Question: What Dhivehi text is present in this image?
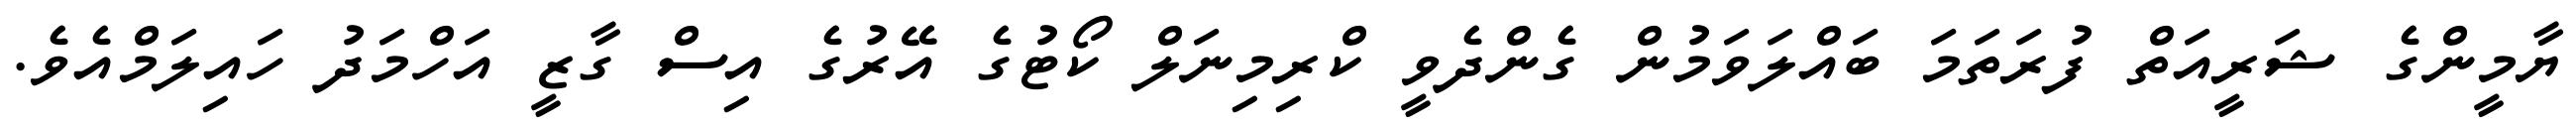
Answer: ޔާމީންގެ ޝަރީއަތް ފުރަތަމަ ބައްލަވަމުން ގެންދެވީ ކްރިމިނަލް ކޯޓުގެ އޭރުގެ އިސް ގާޒީ އަހްމަދު ހައިލަމްއެވެ.